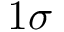
1 \sigma